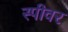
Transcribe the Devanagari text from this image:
स्पीवर